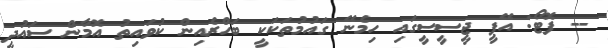
-- ފޮޓޯ: އޭޕީ ޖީސީސީގައި ހިމެނޭ ގައުމުތަކަކީ ބަހްރެއިން ކުވައިތު އޮމާން ސައުދީ